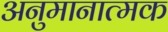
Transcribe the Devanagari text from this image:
अनुमानात्मक